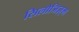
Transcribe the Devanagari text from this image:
सिलोजिज़्म